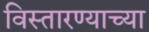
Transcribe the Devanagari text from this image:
विस्तारण्याच्या